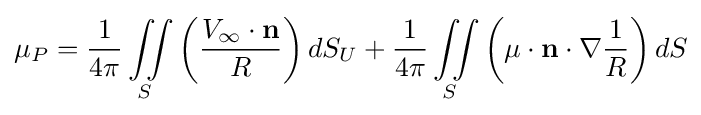
\mu _{P}={\frac {1}{4\pi }}\iint \limits _{S}\left({\frac {V_{\infty }\cdot \mathbf {n} }{R}}\right)dS_{U}+{\frac {1}{4\pi }}\iint \limits _{S}\left(\mu \cdot \mathbf {n} \cdot \nabla {\frac {1}{R}}\right)dS